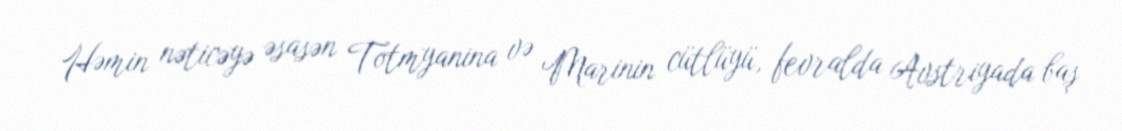
Həmin nəticəyə əsasən Totmyanina və Marinin cütlüyü, fevralda Avstriyada baş